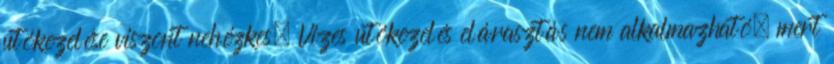
utókezelése viszont nehézkes. Vizes utókezelés elárasztás nem alkalmazható, mert